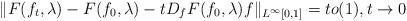
LaTeX: \begin{align*}\|F(f_t,\lambda)-F(f_0,\lambda)-tD_fF(f_0,\lambda)f\|_{L^\infty[0,1]}=to(1),t\to 0\end{align*}